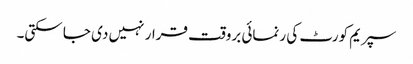
سپریم کورٹ کی رنمائی بروقت قرار نہیں دی جا سکتی۔